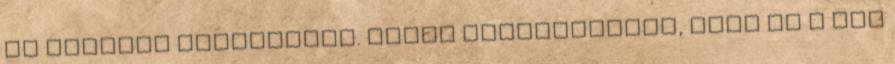
és mágusok tömörülése. Mikor rákérdeztünk, hogy mi a céh